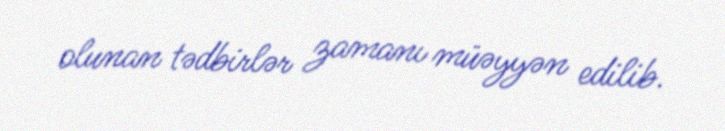
olunan tədbirlər zamanı müəyyən edilib.